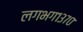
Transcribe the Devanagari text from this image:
लगभग१३७०